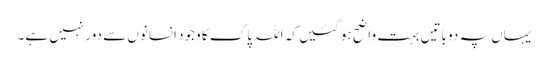
یہاں پہ دو باتیں بہت واضح ہوگئیں کہ اللہ پاک کا وجود انسانوں سے دور نہیں ہے۔